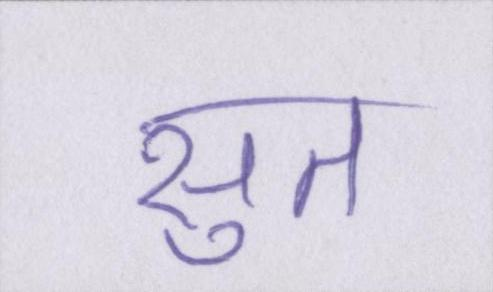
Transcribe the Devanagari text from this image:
सुत